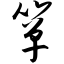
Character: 箪